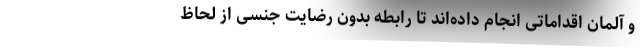
و آلمان اقداماتی انجام داده‌اند تا رابطه بدون رضایت جنسی از لحاظ